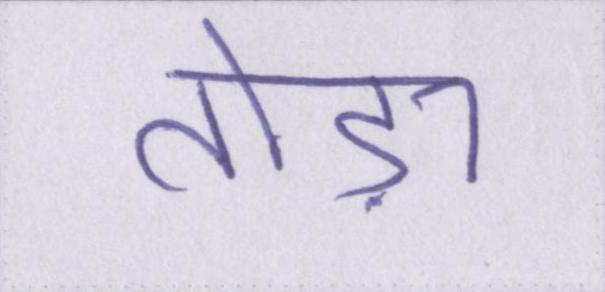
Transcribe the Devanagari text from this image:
तोड़ा